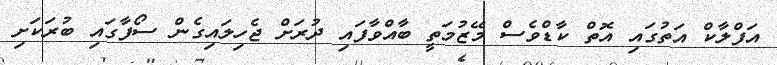
އަފްލާކް އަތުގައި އޮތް ކާޑްވެސް މޭޒުމަތީ ބާއްވާފައި ދުރަށް ޖެހިލައިގެން ސޯފާގައި ބުރަކަށި